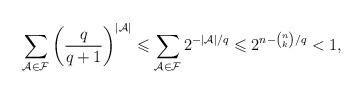
LaTeX: \begin{align*}\sum_{\mathcal{A}\in\mathcal{F}}\left(\frac{q}{q+1}\right)^{|\mathcal{A}|}\leqslant\sum_{\mathcal{A}\in\mathcal{F}}2^{-|\mathcal{A}|/q}\leqslant 2^{n-\binom{n}{k}/q}<1,\end{align*}